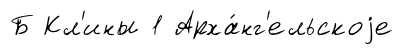
Б Кл'ины 1 Арха́нг'ельскоjе